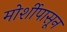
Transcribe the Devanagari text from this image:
मोर्शीपासून